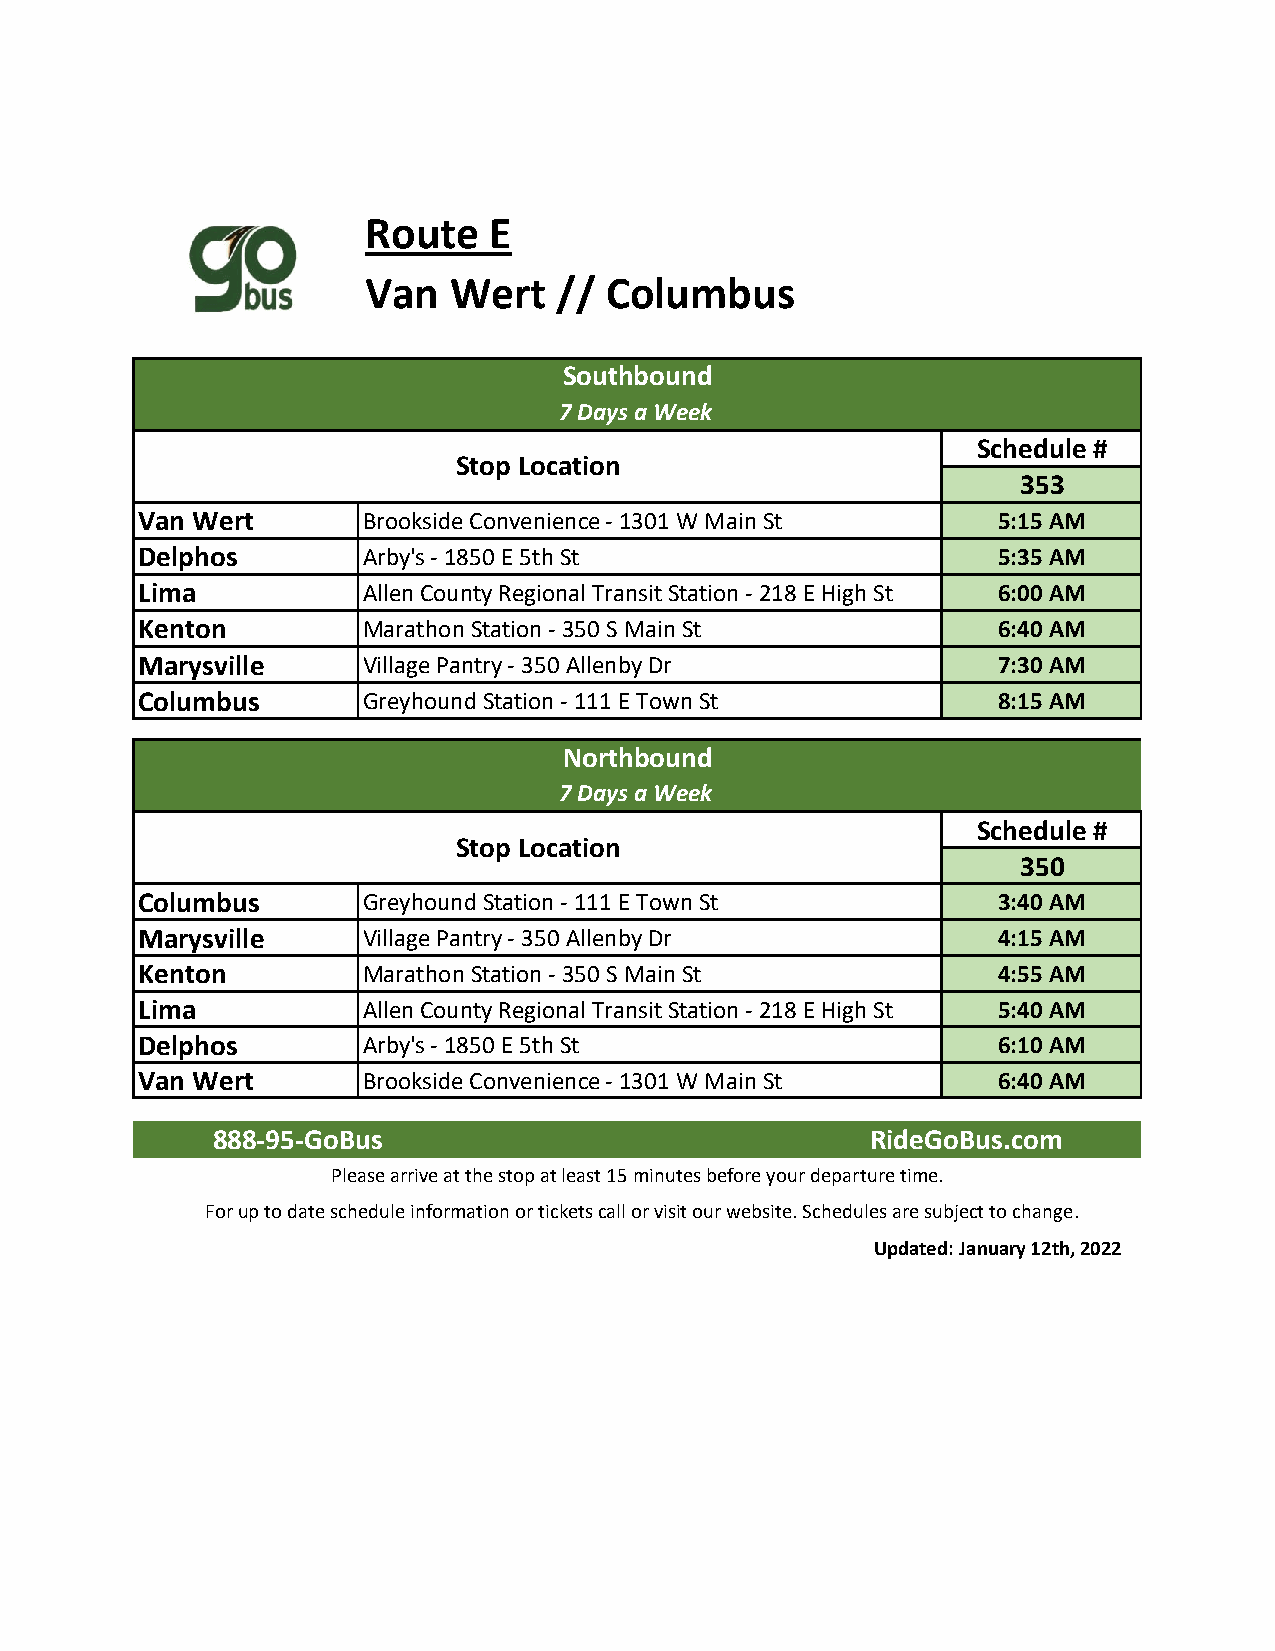
Route   E
 Van   Wert   // Columbus
 Southbound
 7 Days a Week
 Schedule #
 Stop Location
 353
 Van Wert       Brookside Convenience - 1301 W Main St    5:15 AM
 Delphos        Arby's - 1850 E 5th St                    5:35 AM
 Lima           Allen County Regional Transit Station - 218 E High St 6:00 AM
 Kenton         Marathon Station - 350 S Main St          6:40 AM
 Marysville     Village Pantry - 350 Allenby Dr           7:30 AM
 Columbus       Greyhound Station - 111 E Town St         8:15 AM
 Northbound
 7 Days a Week
 Schedule #
 Stop Location
 350
 Columbus       Greyhound Station - 111 E Town St         3:40 AM
 Marysville     Village Pantry - 350 Allenby Dr           4:15 AM
 Kenton         Marathon Station - 350 S Main St          4:55 AM
 Lima           Allen County Regional Transit Station - 218 E High St 5:40 AM
 Delphos        Arby's - 1850 E 5th St                    6:10 AM
 Van Wert       Brookside Convenience - 1301 W Main St    6:40 AM
 888-95-GoBus                                RideGoBus.com
 Please arrive at the stop at least 15 minutes before your departure time.
 For up to date schedule information or tickets call or visit our website. Schedules are subject to change.
 Updated: January 12th, 2022